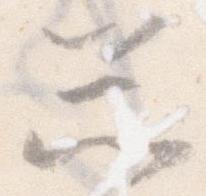
忩